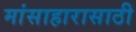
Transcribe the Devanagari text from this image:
मांसाहारासाठी